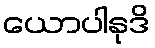
ယောပါနုဒိ